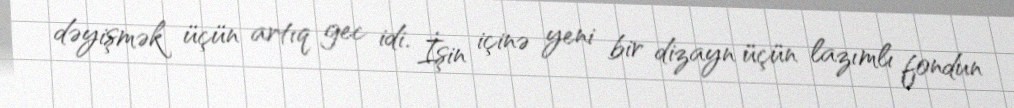
dəyişmək üçün artıq gec idi. İşin içinə yeni bir dizayn üçün lazımlı fondun